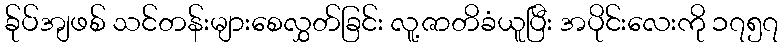
ခ်ုပ်အျဖစ် သင်တန်းများစေလွှတ်ခြင်း လူ့ဇာတိခံယူပြီး အပိုင်းလေးကို ၁၇၅၇